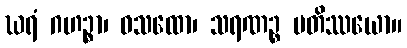
ဃရံ ဂဟဉ္စာ၊ ဝသထော၊ သရဏဉ္စ ပတိဿယော။